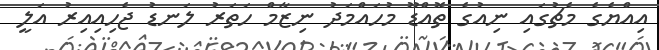
އިއްޔެގެ މެޗުގައި ނިއުގެ ތޮއްޑޫ މުހައްމަދު ނިޒާމް ހަތަރު ލަނޑު ޖެހިއިއިރު އަލީ